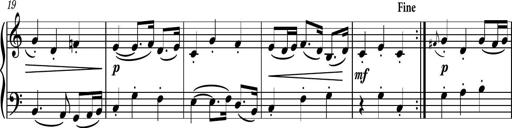
Title: Piano Sonatina II
Composer: Dimitri Sykias
Key: F major